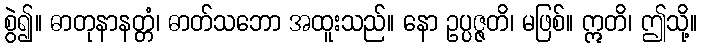
စွဲ၍။ ဓာတုနာနတ္တံ၊ ဓာတ်သဘော အထူးသည်။ နော ဥပ္ပဇ္ဇတိ၊ မဖြစ်။ ဣတိ၊ ဤသို့။